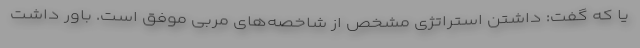
یا که گفت: داشتن استراتژی مشخص از شاخصه‌های مربی موفق است. باور داشت